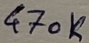
Text: 470K